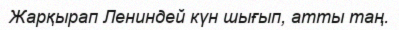
Жарқырап Лениндей күн шығып, атты таң.